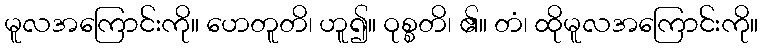
မူလအကြောင်းကို။ ဟေတူတိ၊ ဟူ၍။ ဝုစ္စတိ၊ ၏။ တံ၊ ထိုမူလအကြောင်းကို။